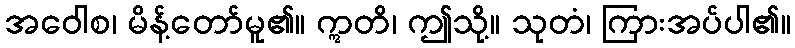
အဝေါစ၊ မိန့်တော်မူ၏။ ဣတိ၊ ဤသို့။ သုတံ၊ ကြားအပ်ပါ၏။